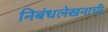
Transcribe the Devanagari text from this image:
निबंधलेखनाची